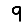
Digit: 9